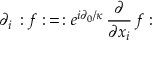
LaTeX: \partial _ { i } \, : f : \, = \, : e ^ { i \partial _ { 0 } / \kappa } \, \frac { \partial } { \partial x _ { i } } \, f :